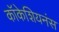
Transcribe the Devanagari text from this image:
कॉकेशियनंस